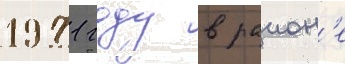
1971 году в раион'е